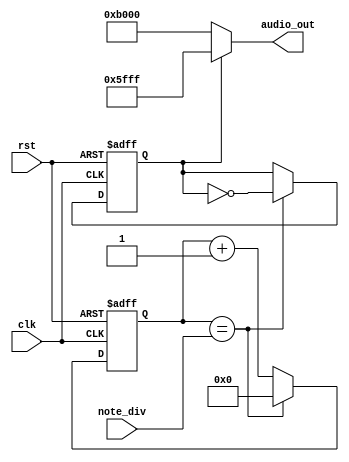
`timescale 1ns / 1ps
//////////////////////////////////////////////////////////////////////////////////
// Company: 
// Engineer: 
// 
// Design Name: 
// Module Name: buzzer_control
// Project Name: 
// Target Devices: 
// Tool Versions: 
// Description: 
// 
// Dependencies: 
// 
// Revision:
// Revision 0.01 - File Created
// Additional Comments:
// 
//////////////////////////////////////////////////////////////////////////////////


module buzzer_control(clk, rst, note_div, audio_out);
    input clk, rst;
    input [21:0] note_div;
    output [15:0] audio_out;
    
    reg [21:0] clk_cnt_next, clk_cnt;
    reg b_clk, b_clk_next;
    
    always @(posedge clk or negedge rst) begin
        if(~rst) begin
            clk_cnt <= 22'd0;
            b_clk <= 1'b0; 
        end
        else begin
            clk_cnt <= clk_cnt_next;
            b_clk <= b_clk_next;
        end
    end
    
    always @* begin
        if(clk_cnt == note_div) begin
            clk_cnt_next = 22'd0;
            b_clk_next = ~b_clk;
        end
        else begin
            clk_cnt_next = clk_cnt + 1'b1;
            b_clk_next = b_clk;
        end
    end
    
    assign audio_out = (b_clk == 1'b0) ? 16'hB000 : 16'h5FFF;
    
    
endmodule